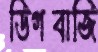
ডিগবাজি